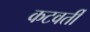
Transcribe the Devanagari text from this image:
कटवर्ती